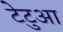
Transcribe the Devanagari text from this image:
टेटुआ